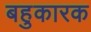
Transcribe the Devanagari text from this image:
बहुकारक